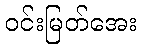
ဝင်းမြတ်အေး